Annual report of the Bengal Veterinary College and of the Civil Veterinary Department, Bengal, for the year 1911-1912 - 1911-1912
Year: 1911
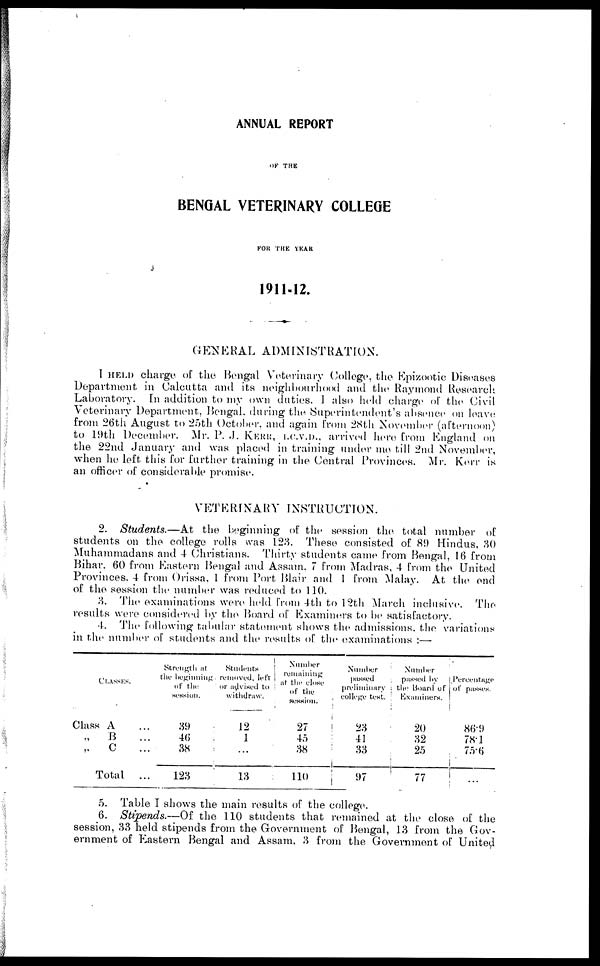
ANNUAL REPORT
OF THE
BENGAL VETERINARY COLLEGE
FOR THE YEAR
1911-12.
GENERAL ADMINISTRATION.
I HELD charge of the Bengal Veterinary College, the Epizootic Diseases
Department in Calcutta and its neighbourhood and the Raymond Research
Laboratory. In addition to my own duties. I also held charge of the Civil
Veterinary Department, Bengal, during the Superintendent's absence on leave;
from 26th August to 25th October, and again from 28th November (afternoon)
to 19th December. Mr. P. J. KERR, I.C.V.D., arrived here from England on
the 22nd January and was placed in training under me till 2nd November,
when he left this for further training in the Central Provinces. Mr. Kerr is
an officer of considerable promise.
VETERINARY INSTRUCTION.
2. Students.—At the beginning of the session the total number of
students on the college rolls was 123. These consisted of 89 Hindus, 30
Muhammadans and 4 Christians. Thirty students came from Bengal, 16 from
Bihar, 60 from Eastern Bengal and Assam, 7 from Madras, 4 from the United
Provinces. 4 from Orissa, 1 from Port Blair and 1 from Malay. At the end
of the session the number was reduced to 110.
3. The examinations were held from 4th to 12th March inclusive. The
results were considered by the Board of Examiners to be satisfactory.
4. The following tabular statement shows the admissions. the variations
in the number of students and the results of the examinations :—
CLASSES.
Class A ...
„
B ...
„
C ...
Total ...
Strength at
the beginning
of the
session.
39
46
38
123
Students
removed, left
or advised to
withdraw.
12
1
...
13
Number
remaining
at the close
of the
session.
27
45
38
110
Number
passed
preliminary
college test.
23
41
33
97
Number
passed by
the Board of
Examiners.
20
32
25
77
Percentage
of passes.
86.9
78.1
75.6
...
5. Table I shows the main results of the college.
6. Stipends.—Of the 110 students that remained at the close of the
session, 33 held stipends from the Government of Bengal, 13 from the Gov-
ernment of Eastern Bengal and Assam, 3 from the Government of United